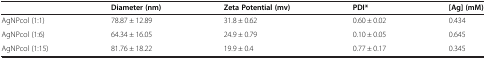
<table><thead><tr><td></td><td><b>Diameter (nm)</b></td><td><b>Zeta Potential (mv)</b></td><td><b>PDI*</b></td><td><b>[Ag] (mM)</b></td></tr></thead><tbody><tr><td>AgNPcol (1:1)</td><td>78.87 ± 12.89</td><td>31.8 ± 0.62</td><td>0.60 ± 0.02</td><td>0.434</td></tr><tr><td>AgNPcol (1:6)</td><td>64.34 ± 16.05</td><td>24.9 ± 0.79</td><td>0.10 ± 0.05</td><td>0.645</td></tr><tr><td>AgNPcol (1:15)</td><td>81.76 ± 18.22</td><td>19.9 ± 0.4</td><td>0.77 ± 0.17</td><td>0.345</td></tr></tbody></table>